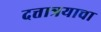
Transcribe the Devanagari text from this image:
दत्तात्रयाचा